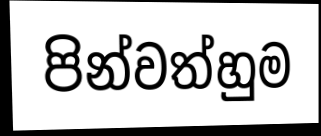
පින්වත්හුම